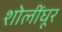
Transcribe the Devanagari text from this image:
शोलींघूर